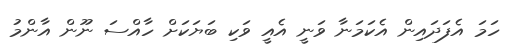
ހަމަ އެފަދައިން އެކަމަނާ ވަނީ އެއީ ވަކި ބަޔަކަށް ހާއްސަ ނޫން އާންމު